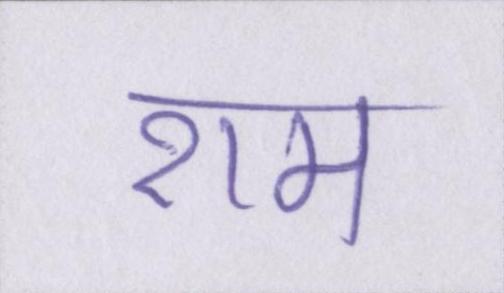
राम